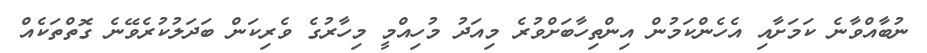
ނުބާއްވާނެ ކަމަށާއި އެހެންކަމުން އިންތިހާބަށްވުރެ މިއަދު މުހިއްމީ މިހާރުގެ ވެރިކަން ބަދަލުކުރެވޭނެ ގޮތްތަކެއް